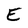
Character: E